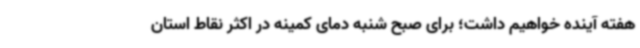
هفته آینده خواهیم داشت؛ برای صبح شنبه دمای کمینه در اکثر نقاط استان